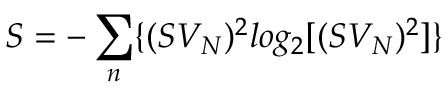
S = - \sum _ { n } \{ ( S V _ { N } ) ^ { 2 } l o g _ { 2 } [ ( S V _ { N } ) ^ { 2 } ] \}